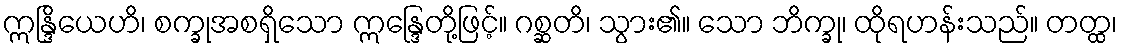
ဣန္ဒြိယေဟိ၊ စက္ခုအစရှိသော ဣန္ဒြေတို့ဖြင့်။ ဂစ္ဆတိ၊ သွား၏။ သော ဘိက္ခု၊ ထိုရဟန်းသည်။ တတ္ထ၊